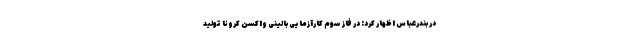
در بندرعباس اظهار کرد: در فاز سوم کارآزمایی بالینی واکسن کرونا تولید